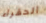
الحقراء